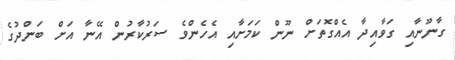
ގާނޫނާއި ގަވާއިދާ އެއްގޮތަށް ނޫން ކަމަށާއި އެހެންވެ ސަރުކާރުން އޭނާ އަށް ބަންދުގެ